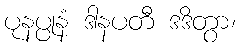
ပုနပ္ပုနံ ဒါနပတီ ဒဒိတွာ၊